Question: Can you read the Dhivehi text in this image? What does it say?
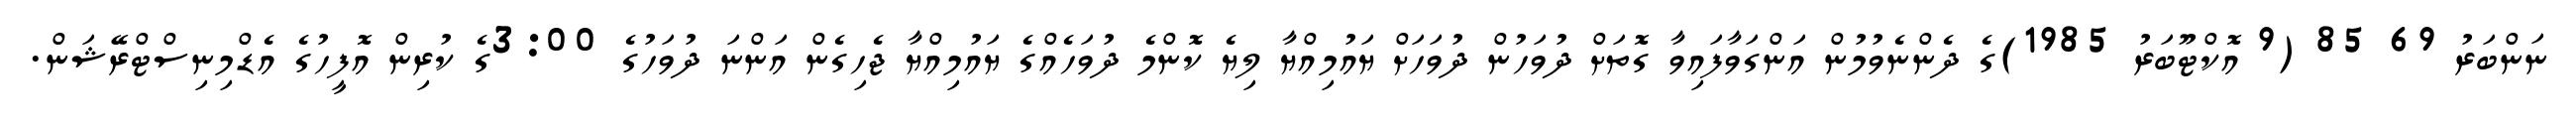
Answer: ނަންބަރު 69 85 (9 އޮކްޓޫބަރު 1985)ގެ ދެންނެވުމުން އަންގަވާފައިވާ ގޮތަށް ދުވަހުން ދުވަހަށް ޔައުމިއްޔާ ލިޔެ ކޮންމެ ދުވަހެއްގެ ޔައުމިއްޔާ ޖެހިގެން އަންނަ ދުވަހުގެ 3:00ގެ ކުރިން އޮފީހުގެ އެޑްމިނިސްޓްރޭޝަން.